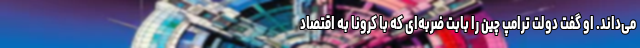
می‌داند. او گفت دولت ترامپ چین را بابت ضربه‌ای که با کرونا به اقتصاد